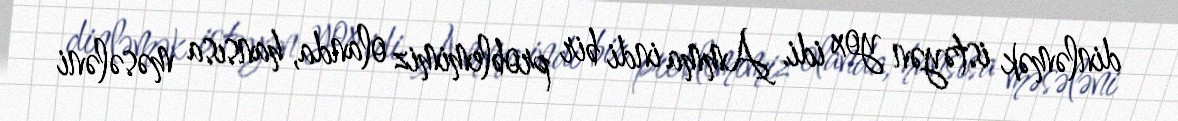
dinləmək istəyən yox idi. Amma indi bir problemimiz olanda, hansısa məsələni